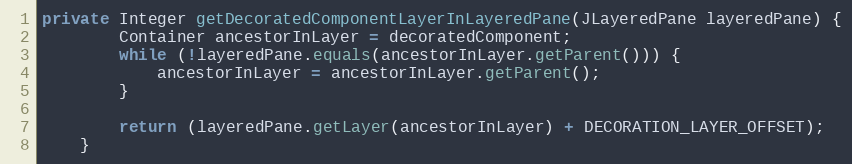
Language: Java
private Integer getDecoratedComponentLayerInLayeredPane(JLayeredPane layeredPane) {
        Container ancestorInLayer = decoratedComponent;
        while (!layeredPane.equals(ancestorInLayer.getParent())) {
            ancestorInLayer = ancestorInLayer.getParent();
        }

        return (layeredPane.getLayer(ancestorInLayer) + DECORATION_LAYER_OFFSET);
    }